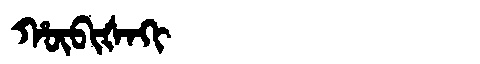
Manchu: ᡥᡡᠪᡳᡧᠠᡴᡳ
Romanization: HŪBIŠAKI